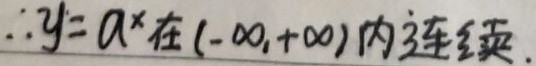
\(\therefore y = a^{x}\)在\((-\infty,+\infty)\)内连续。